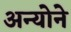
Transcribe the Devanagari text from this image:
अन्योने